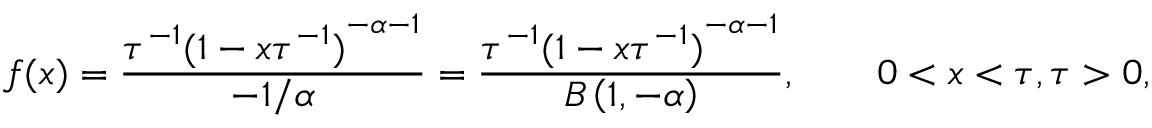
f ( x ) = \frac { \tau ^ { - 1 } { ( 1 - x \tau ^ { - 1 } ) } ^ { - \alpha - 1 } } { - 1 / \alpha } = \frac { \tau ^ { - 1 } { ( 1 - x \tau ^ { - 1 } ) } ^ { - \alpha - 1 } } { B \left( 1 , - \alpha \right) } , \qquad 0 < x < \tau , \tau > 0 ,